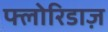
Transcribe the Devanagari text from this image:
फ्लोरिडाज़